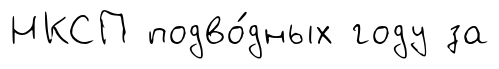
НКСП подво́дных году за